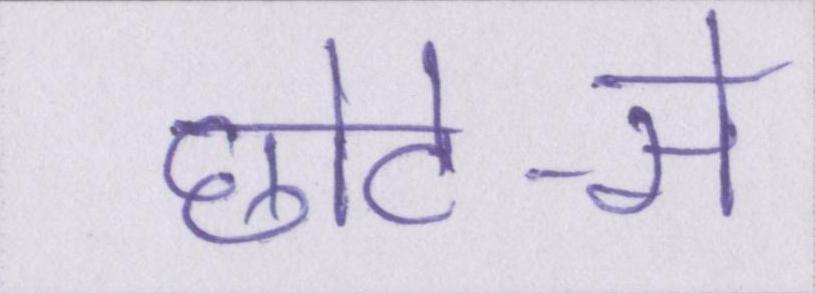
छोटे-से